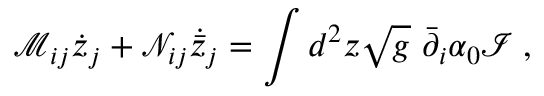
\mathcal M _ { i j } \dot { z } _ { j } + \mathcal N _ { i j } \dot { \bar { z } } _ { j } = \int d ^ { 2 } z \sqrt { g } \ \bar { \partial } _ { i } \alpha _ { 0 } \mathcal I \; ,